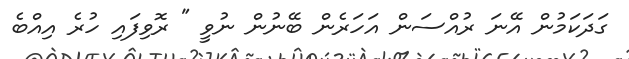
ގަދަކަމުން އޭނަ ރުއްސަން އަހަރެން ބޭނުން ނުވީ " ރޮވިފައި ހުރެ އިއްބެ